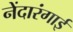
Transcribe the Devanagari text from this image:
नेंदारंगाई